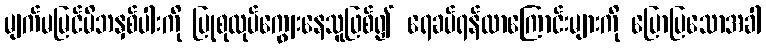
မျက်မမြင်မိဘနှစ်ပါးကို ပြုစုလုပ်ကျွေးနေသူဖြစ်၍ ရေခပ်ရန်လာကြောင်းများကို ပြောပြသောအခါ